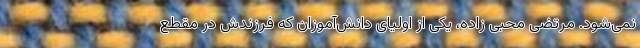
نمی‌شود. مرتضی محبی زاده، یکی از اولیای دانش‌آموزان که فرزندش در مقطع